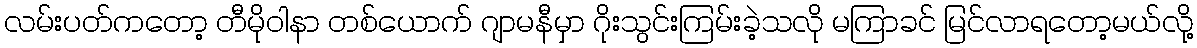
လမ်းပတ်ကတော့ တီမိုဝါနာ တစ်ယောက် ဂျာမနီမှာ ဂိုးသွင်းကြမ်းခဲ့သလို မကြာခင် မြင်လာရတော့မယ်လို့